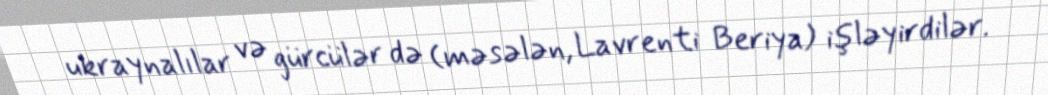
ukraynalılar və gürcülər də (məsələn, Lavrenti Beriya) işləyirdilər.